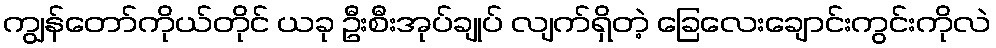
ကျွန်တော်ကိုယ်တိုင် ယခု ဦးစီးအုပ်ချုပ် လျက်ရှိတဲ့ ခြေလေးချောင်းကွင်းကိုလဲ